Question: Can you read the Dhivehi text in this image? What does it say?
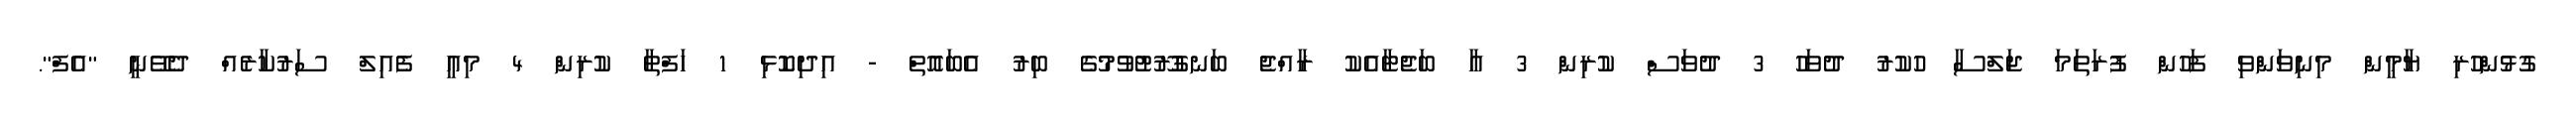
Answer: ގުޅުންހުރި ޔާމީން މިނިވަންވި ފަހުން ފުރަތަމަ ޖަލްސާ ހުކުރު ދުވަހު 3 ދުވަސް ކުރިން 3 އާ ބަޖެޓާއެކު ރާއްޖެ ބަނގުރޫޓުވުމުގެ ބިރު އެބައޮތް - އިދިކޮޅި 1 ހަފްތާ ކުރިން 4 މިއީ ފެއިލް ސަރުކާރެއް ދެވޭނީ "އެފް".